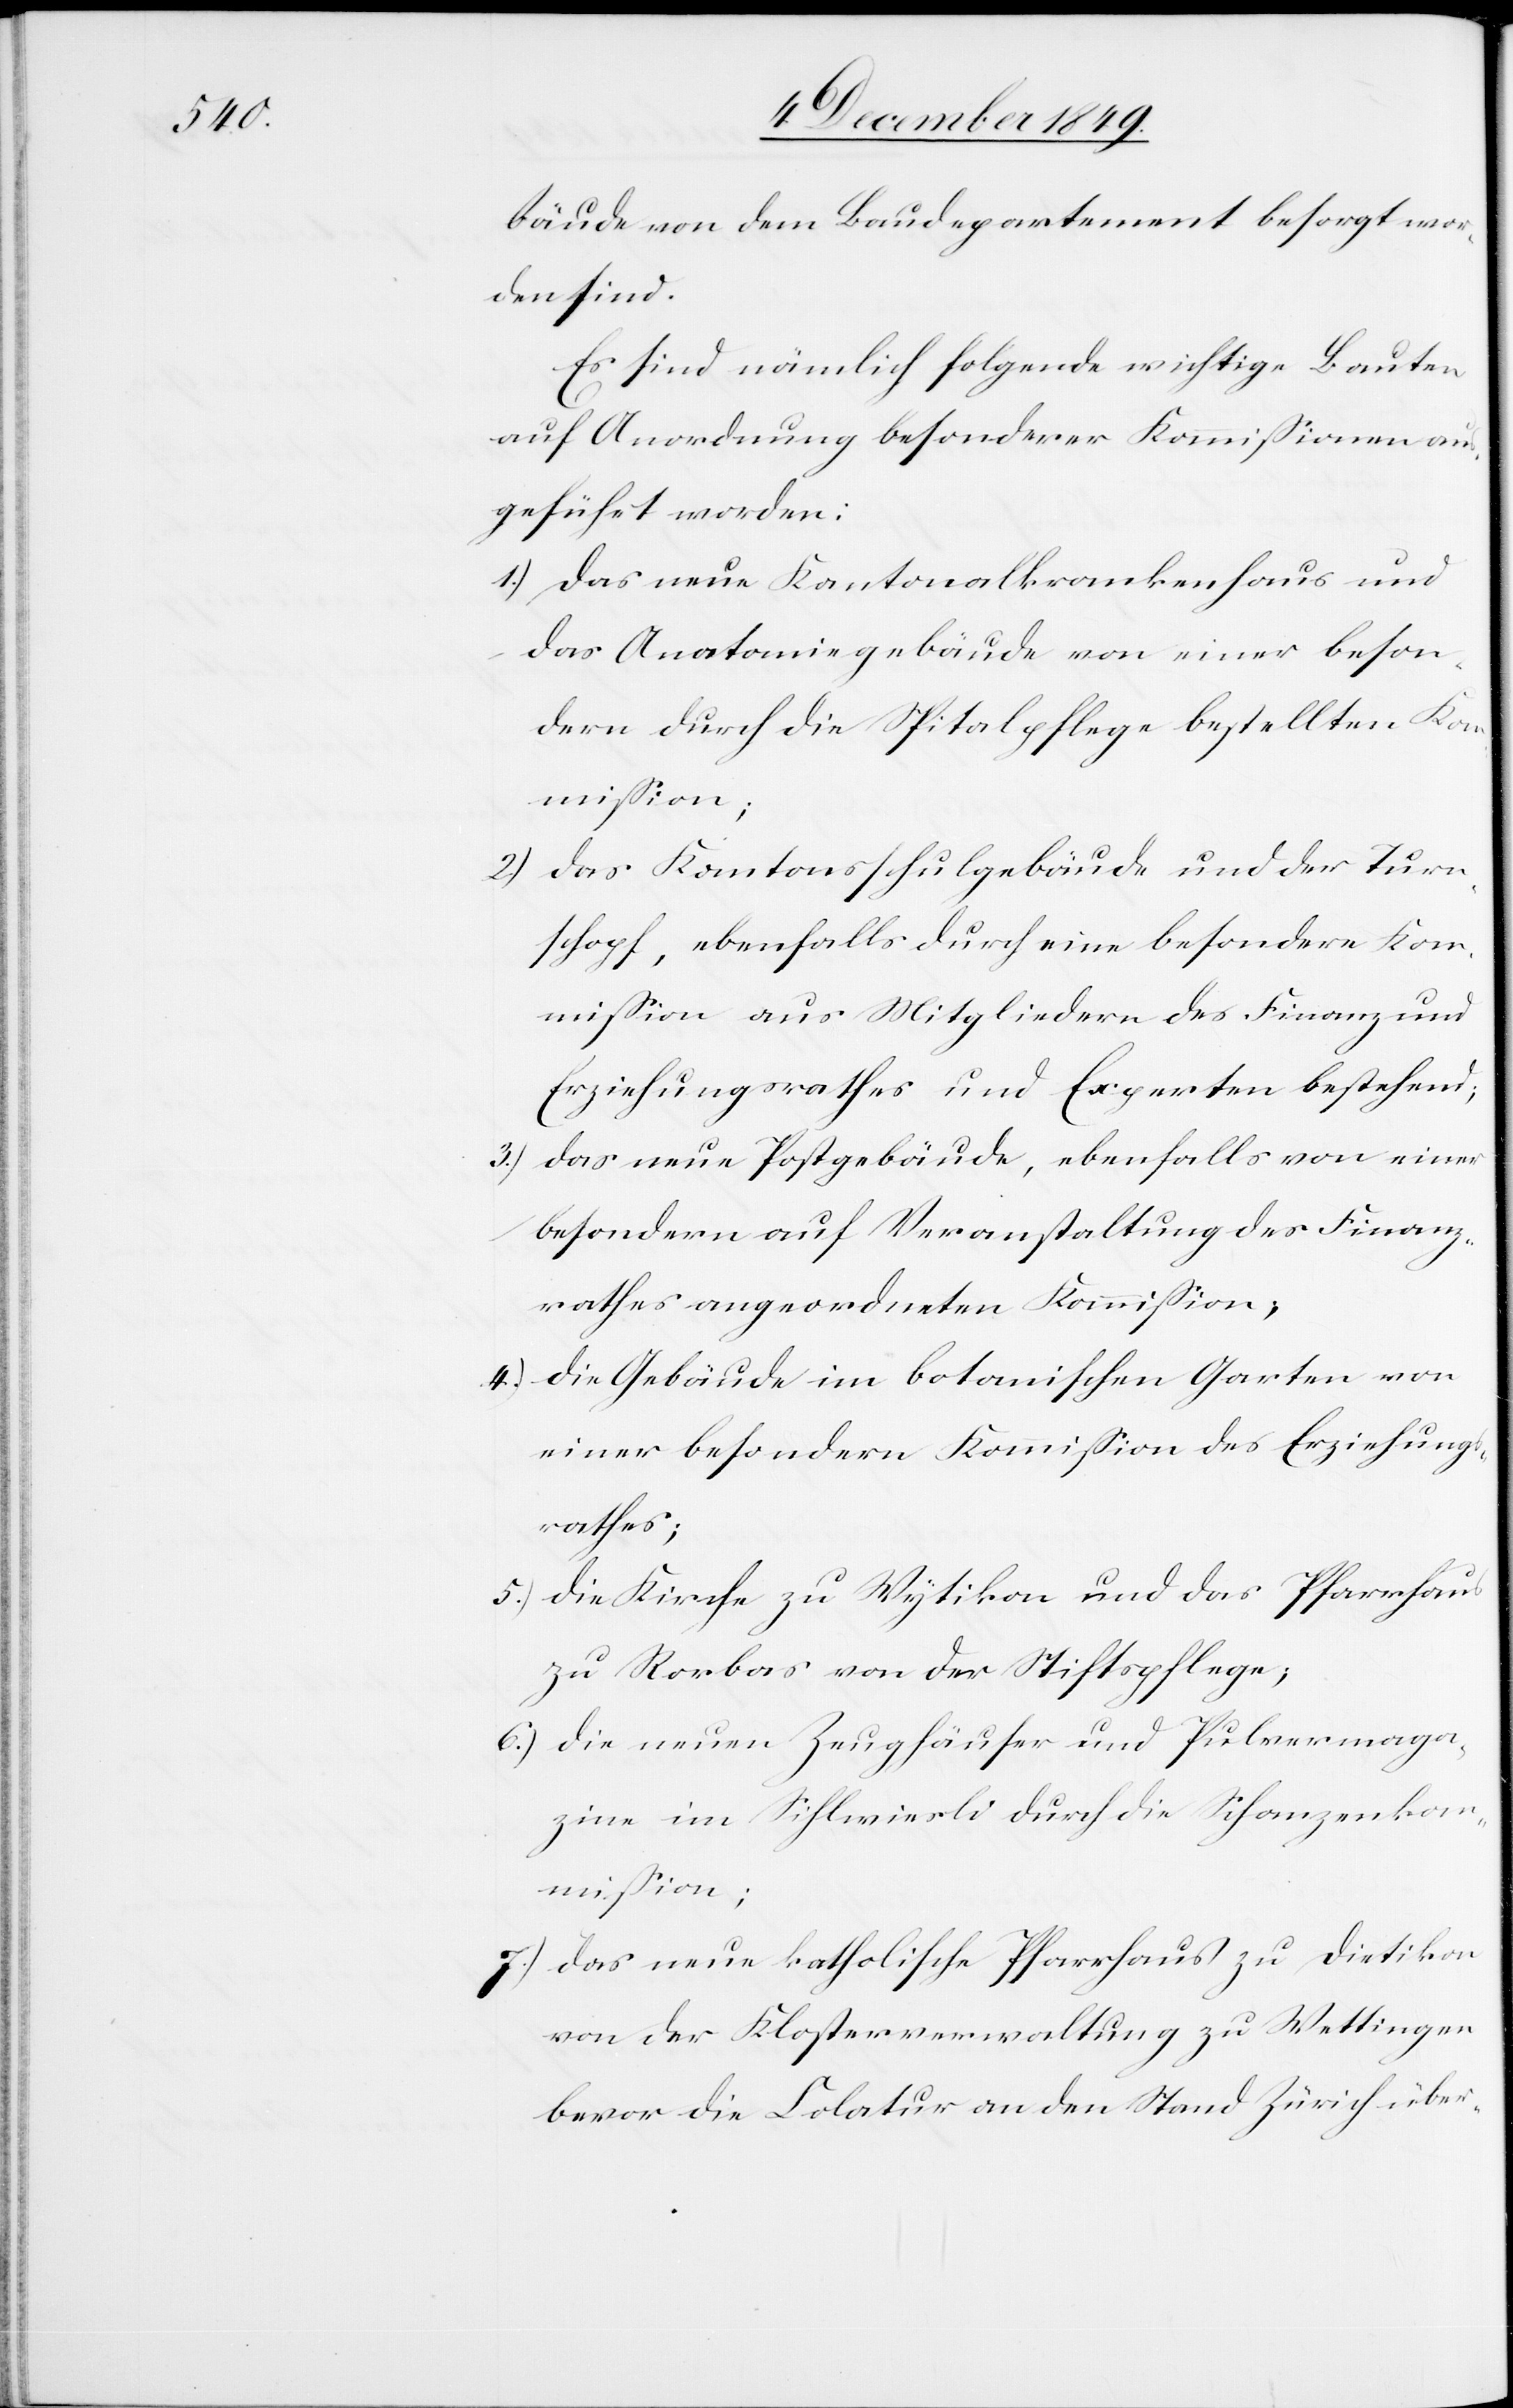
bäude von dem Baudepartement besorgt wor¬
den sind.
Es sind nämlich folgende wichtige Bauten
auf Anordnung besonderer Kommißionen aus¬
geführt worden;
1.) Das neue Kantonalkrankenhaus und
das Anatomiegebäude von einer beson¬
dern durch die Spitalpflege bestellten Ko¬
2.) Das Kantonsschulgebäude und der Turn¬
schopf, ebenfalls durch eine besondere Kom¬
mißion aus Mitgliedern des Finanz- und
Erziehungsrathes und Experten bestehend;
3.) Das neue Postgebäude, ebenfalls von einer
besondern auf Veranstaltung des Finanz¬
rathes angeordneten Kommißion;
4.) Die Gebäude im botanischen Garten von
einer besondern Kommißion des Erziehungs¬
rathes;
5.) Die Kirche zu Wytikon und das Pfarrhaus
zu Rorbas von der Stiftspflege;
6.) Die neuen Zeughäuser und Pulvermaga¬
zine im Sihlwiesli durch die Schanzenko¬
mmißion;
7.) Das neue katholische Pfarrhaus zu Dietikon
von der Klosterverwaltung zu Wettingen
bevor die Colatur an den Stand Zürich über-